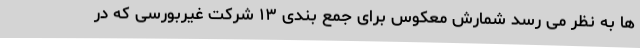
ها به نظر می رسد شمارش معکوس برای جمع بندی ۱۳ شرکت غیربورسی که در